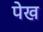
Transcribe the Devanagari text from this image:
पेख